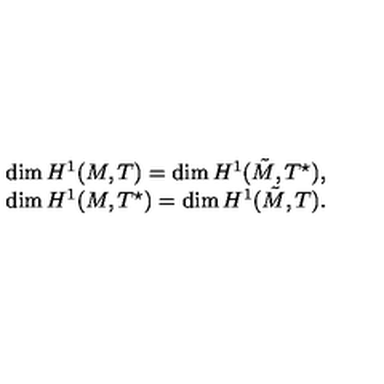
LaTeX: \begin{array} { c } { \dim H ^ { 1 } ( M , T ) = \dim H ^ { 1 } ( \tilde { M } , T ^ { \star } ) , } \\ { \dim H ^ { 1 } ( M , T ^ { \star } ) = \dim H ^ { 1 } ( \tilde { M } , T ) . } \\ \end{array}